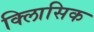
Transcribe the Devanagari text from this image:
क्लािसिक